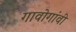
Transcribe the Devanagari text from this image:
गावोगांवी